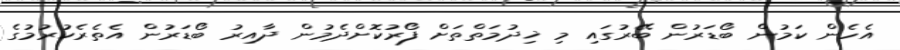
އެހެން ކަމުން ބޯޑަރުން ބޭރުގައި މި ޚިދުމަތްތަށް ފޯރުކޮށްދެމުން ދާއިރު ބޯޑަރުން އެތެރެކުރުމުގެ